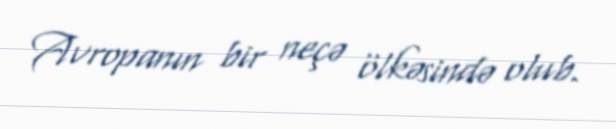
Avropanın bir neçə ölkəsində olub.